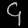
Digit: ၄